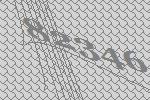
82346